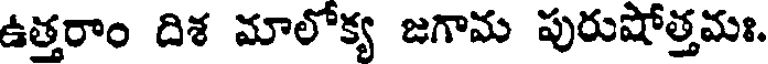
ఉత్తరాం దిశ మాలోక్య జగామ పురుషోత్తమః.